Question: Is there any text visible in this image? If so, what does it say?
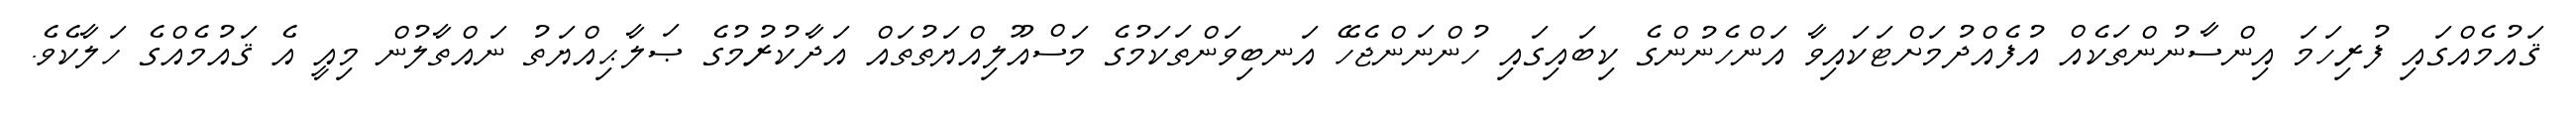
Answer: ޤައުމެއްގައި ފުރިހަމަ އިންސާނުންތަކެއް އުފެއްދުމަށްޓަކައިވާ އަންހެނުންގެ ކިބައިގައި ހުންނަންޖެހޭ އަނބިވަންތަކަމުގެ މަސްއޫލިއްޔަތުތައް އަދާކުރުމުގެ ޞަލާޙިއްޔަތު ނައްތާލުން މިއީ އެ ޤައުމެއްގެ ހަލާކެވެ.